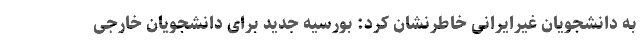
به دانشجویان غیرایرانی خاطرنشان کرد: بورسیه جدید برای دانشجویان خارجی